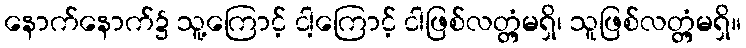
နောက်နောက်၌ သူ့ကြောင့် ငါ့ကြောင့် ငါဖြစ်လတ္တံ့မရှိ၊ သူဖြစ်လတ္တံ့မရှိ။